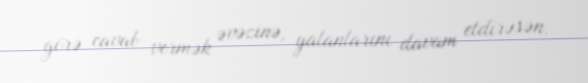
görə cavab vermək əvəzinə, yalanlarını davam etdirəsən.